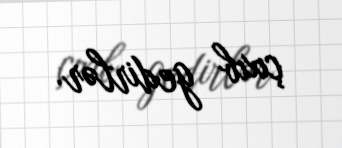
çıxıb gedirlər.